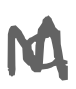
Text: a
Cross-out: zig-zag
Writing tool: digital_gray